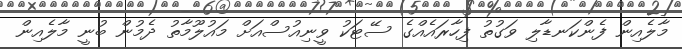
މާލެއިން ފެންކަނޑާލި ވަގުތު ފިހާރައެއްގެ ސޭޓަކު ވީނިއުސްއަށް މައުލޫމާތު ދެމުން ބުނީ މާލެއިން